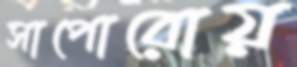
সাপোরোয়